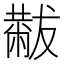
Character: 𫩋